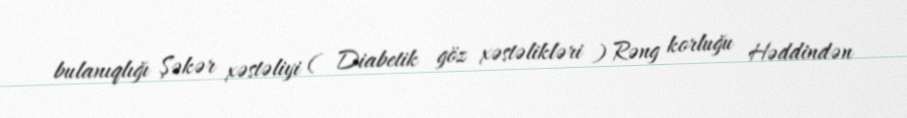
bulanıqlığı Şəkər xəstəliyi ( Diabetik göz xəstəlikləri ) Rəng korluğu Həddindən